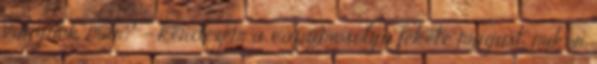
vagyunk már? – kérdezem a cápamosolyú fekete mágust, mikor